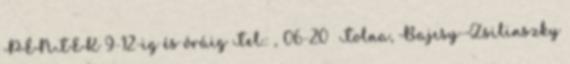
PÉNTEK 9-12-ig és óráig Tel.: , 06-20 Tolna, Bajcsy-Zsilinszky